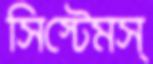
সিস্টেমস্